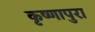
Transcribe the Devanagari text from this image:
कृष्णापुरा